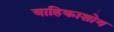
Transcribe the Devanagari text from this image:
वाहिकाशोथ